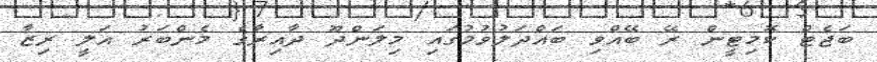
ބަޖެޓް ކޮމިޓީން ރޭ ބޭއްވި ބައްދަލުވުމުގައި މިލަންދޫ ދާއިރާގެ މެންބަރު އަލީ ރިޒާ